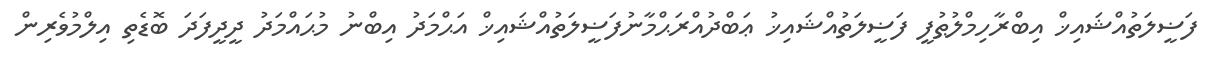
ފަޟީލަތުއްޝައިޚް އިބްރާހިމްލުޠުފީ ފަޟީލަތުއްޝައިޚު ޢަބްދުއްރަޙްމާނުފަޟީލަތުއްޝައިޚް އަޙްމަދު އިބްނު މުޙައްމަދު ދީދީފަދަ ބޮޑެތި އިލްމުވެރިން